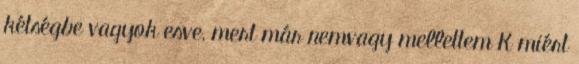
kétségbe vagyok esve, mert már nemvagy mellettem K miért